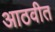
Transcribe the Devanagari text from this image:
आठवीत